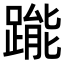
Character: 𨃳